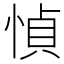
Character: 𫺤